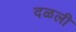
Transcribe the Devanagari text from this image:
दळली